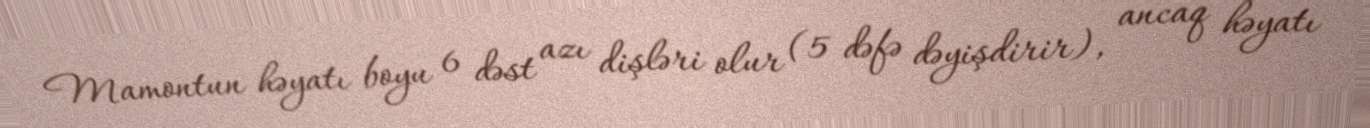
Mamontun həyatı boyu 6 dəst azı dişləri olur (5 dəfə dəyişdirir), ancaq həyatı